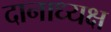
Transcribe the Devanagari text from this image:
दानाध्यक्ष